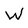
Character: W